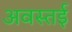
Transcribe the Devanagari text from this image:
अवस्तई